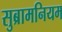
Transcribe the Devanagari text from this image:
सुब्रामनियम